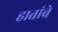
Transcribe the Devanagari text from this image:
हातांचे